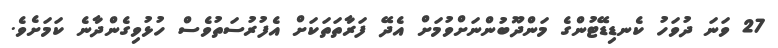
27 ވަނަ ދުވަހު ކެނޑިޑޭޓުންގެ މަންދޫބުންނަށްވުމަށް އެދޭ ފަރާތަތަކަށް އެފުރުސަތުވެސް ހުޅުވިގެންދާނެ ކަމަށެވެ.